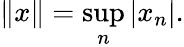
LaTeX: \| x\| =\operatorname*{sup}_{n}|x_{n}|.